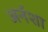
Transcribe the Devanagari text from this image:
अर्नशा